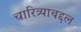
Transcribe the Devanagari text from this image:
चारित्र्याबद्दल